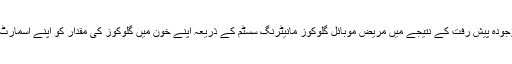
مگر صحت کے شعبے میں موجودہ پیش رفت کے نتیجے میں مریض موبائل گلوکوز مانیٹرنگ سسٹم کے ذریعہ اپنے خون میں گلوکوز کی مقدار کو اپنے اسمارٹ فون کے ذریعہ جان سکتا ہے۔